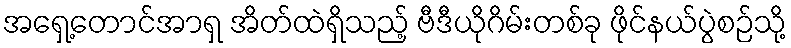
အရှေ့တောင်အာရှ အိတ်ထဲရှိသည့် ဗီဒီယိုဂိမ်းတစ်ခု ဖိုင်နယ်ပွဲစဉ်သို့